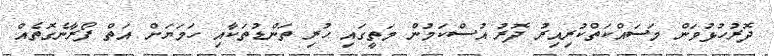
ދޮރުހުޅުވަން މަސައްކަތްކުރިއިރު ދޮރު އުސްކަމުން މަތީގައި ހުރި ތަންޑުތަކާއި ހަމަޔަށް އަތް ފޯރާނެގޮތެއް